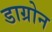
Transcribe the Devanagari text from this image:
डाग्रोन